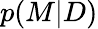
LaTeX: p(M|D)